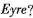
Eyre?